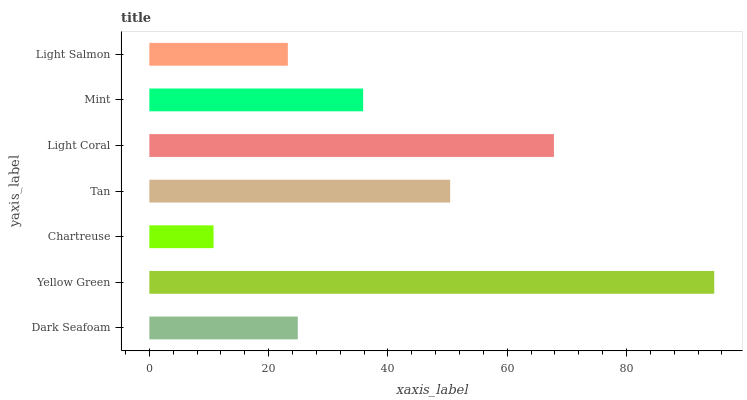
| yaxis_label | bars |
 | --- | --- |
 | Dark Seafoam | 24.9 |
 | Yellow Green | 94.7 |
 | Chartreuse | 10.8 |
 | Tan | 50.4 |
 | Light Coral | 67.8 |
 | Mint | 35.8 |
 | Light Salmon | 23.2 |